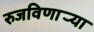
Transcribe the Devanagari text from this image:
रुजविणार्‍या